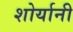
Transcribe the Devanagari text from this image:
शोर्यानी